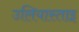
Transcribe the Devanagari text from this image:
उलियास्ताइ